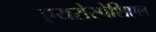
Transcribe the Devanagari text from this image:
एयरोस्पेशिएल